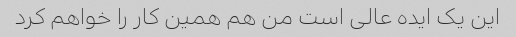
این یک ایده عالی است من هم همین کار را خواهم کرد